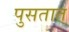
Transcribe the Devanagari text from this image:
पुसतात